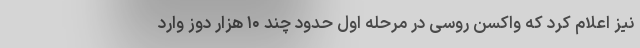
نیز اعلام کرد که واکسن روسی در مرحله اول حدود چند ۱۰ هزار دوز وارد